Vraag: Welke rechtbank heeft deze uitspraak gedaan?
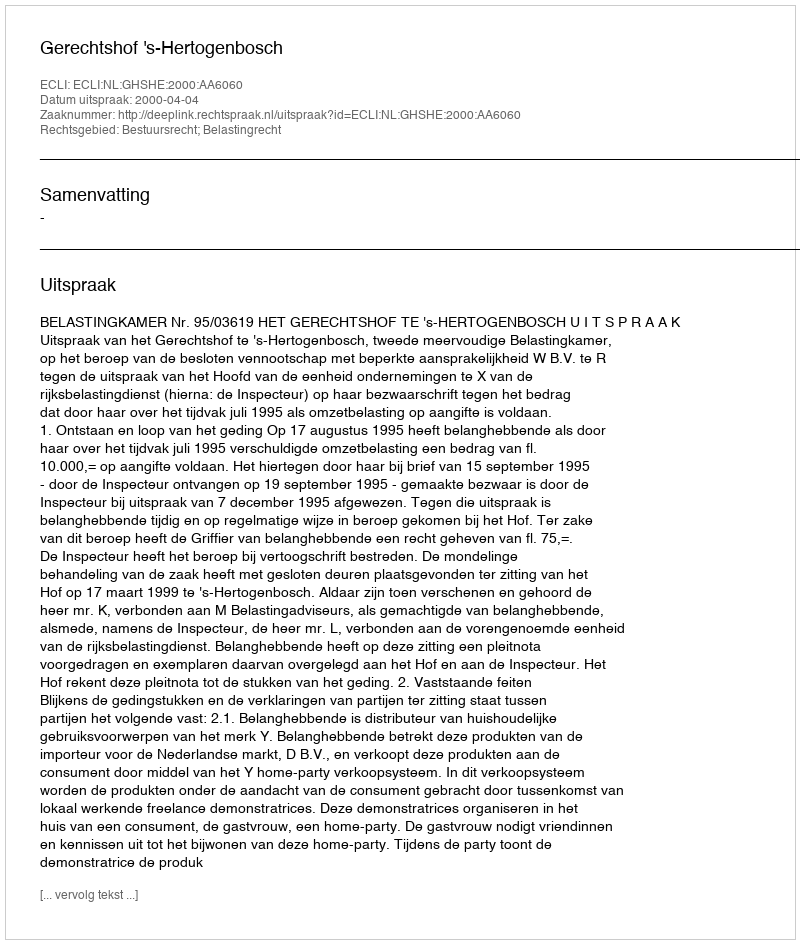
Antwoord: Gerechtshof 's-Hertogenbosch